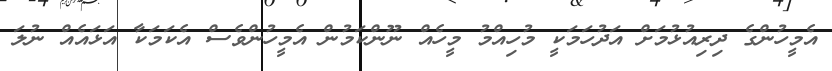
އެމީހުންގެ ދިރިއުޅުމަށް އަދުހަމަކީ މުހިއްމު މީހެއް ނޫންކަމުން އެމީހުންވެސް އެކަމަކާ އަޅައެއް ނުލަ